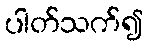
ပါတ်သက်၍